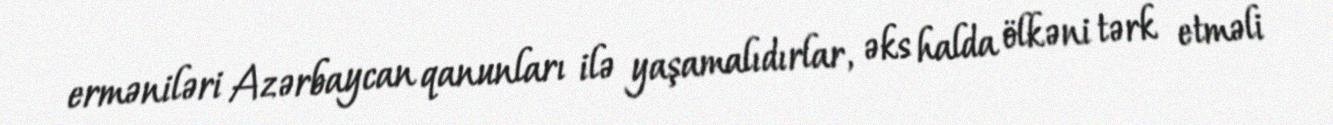
erməniləri Azərbaycan qanunları ilə yaşamalıdırlar, əks halda ölkəni tərk etməli